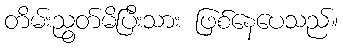
တိမ်းညွတ်မိပြီးသား ဖြစ်နေပေသည်။